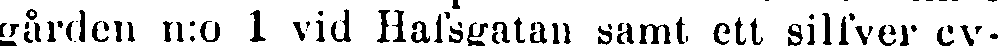
gården n:o 1 vid Hafsgatan samt ett silfver cv-